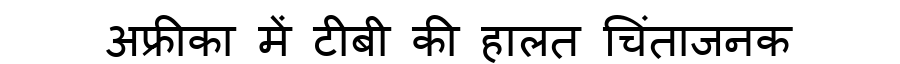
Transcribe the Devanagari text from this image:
अफ्रीका में टीबी की हालत चिंताजनक